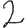
Digit: 2